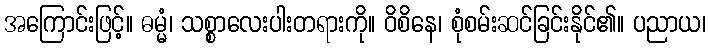
အကြောင်းဖြင့်။ ဓမ္မံ၊ သစ္စာလေးပါးတရားကို။ ဝိစိနေ၊ စုံစမ်းဆင်ခြင်းနိုင်၏။ ပညာယ၊